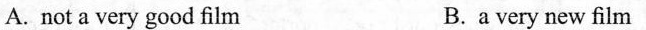
A. not a very good film B.a very new film